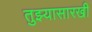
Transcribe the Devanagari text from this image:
तुझ्यासारखी